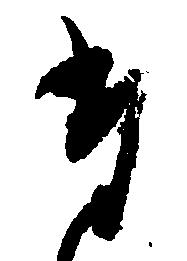
た